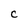
Character: C